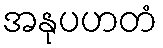
အနုပဟတံ